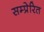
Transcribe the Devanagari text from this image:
सम्प्रेरित